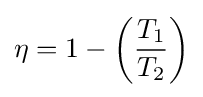
\eta =1-\left({\frac {T_{1}}{T_{2}}}\right)